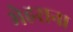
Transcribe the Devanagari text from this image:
मेहराना